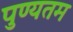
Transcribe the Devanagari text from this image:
पुण्यतम